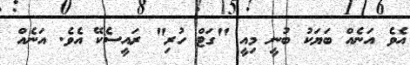
އެވެ އަނެއް ބަޔަކު ބުނީ މިއީ "ގަޓް ހުރި" ރައީސެކޭ އެވެ. އަނެއް